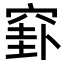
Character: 𥦛